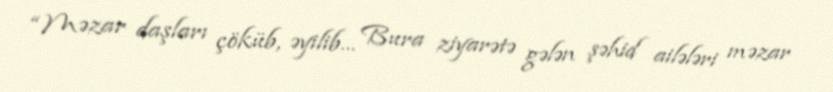
“Məzar daşları çöküb, əyilib… Bura ziyarətə gələn şəhid ailələri məzar